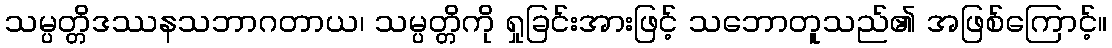
သမ္ပတ္တိဒဿနသဘာဂတာယ၊ သမ္ပတ္တိကို ရှုခြင်းအားဖြင့် သဘောတူသည်၏ အဖြစ်ကြောင့်။